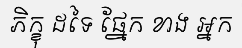
ភិក្ខុ ដទៃ ផ្នែក ខាង អ្នក